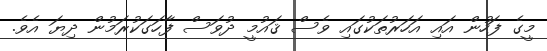
މީގެ ފަހުން އައި އަހަރުތަކުގައި ވެސް ޤައުމީ ދުވަސް ފާހަގަކުރަމުން ދިޔަ އެވެ.